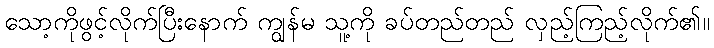
သော့ကိုဖွင့်လိုက်ပြီးနောက် ကျွန်မ သူ့ကို ခပ်တည်တည် လှည့်ကြည့်လိုက်၏။